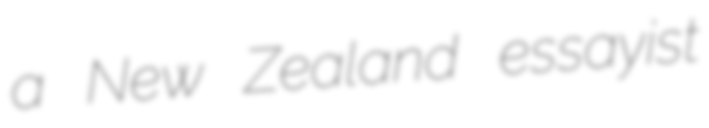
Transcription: a New Zealand essayist